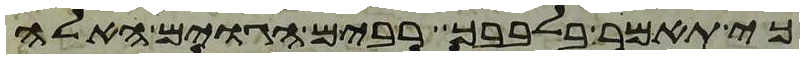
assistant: כי תאמר בלבבך רבים הגוים האלה